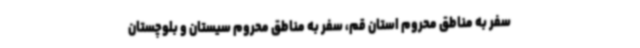
سفر به مناطق محروم استان قم، سفر به مناطق محروم سیستان و بلوچستان